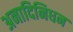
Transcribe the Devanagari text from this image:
अनादिनिधन